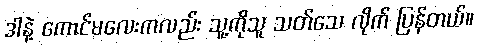
ဒါနဲ့ ကောင်မလေးကလည်း သူ့ကိုသူ သတ်သေ လိုက် ပြန်တယ်။